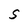
Character: S